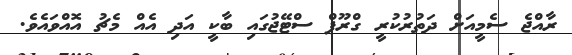
ރާއްޖެ ސެމީއަށް ދަތުރުކުރީ ގްރޫޕް ސްޓޭޖުގައި ބާކީ އަދި އެއް މެޗު އޮއްވައެވެ.